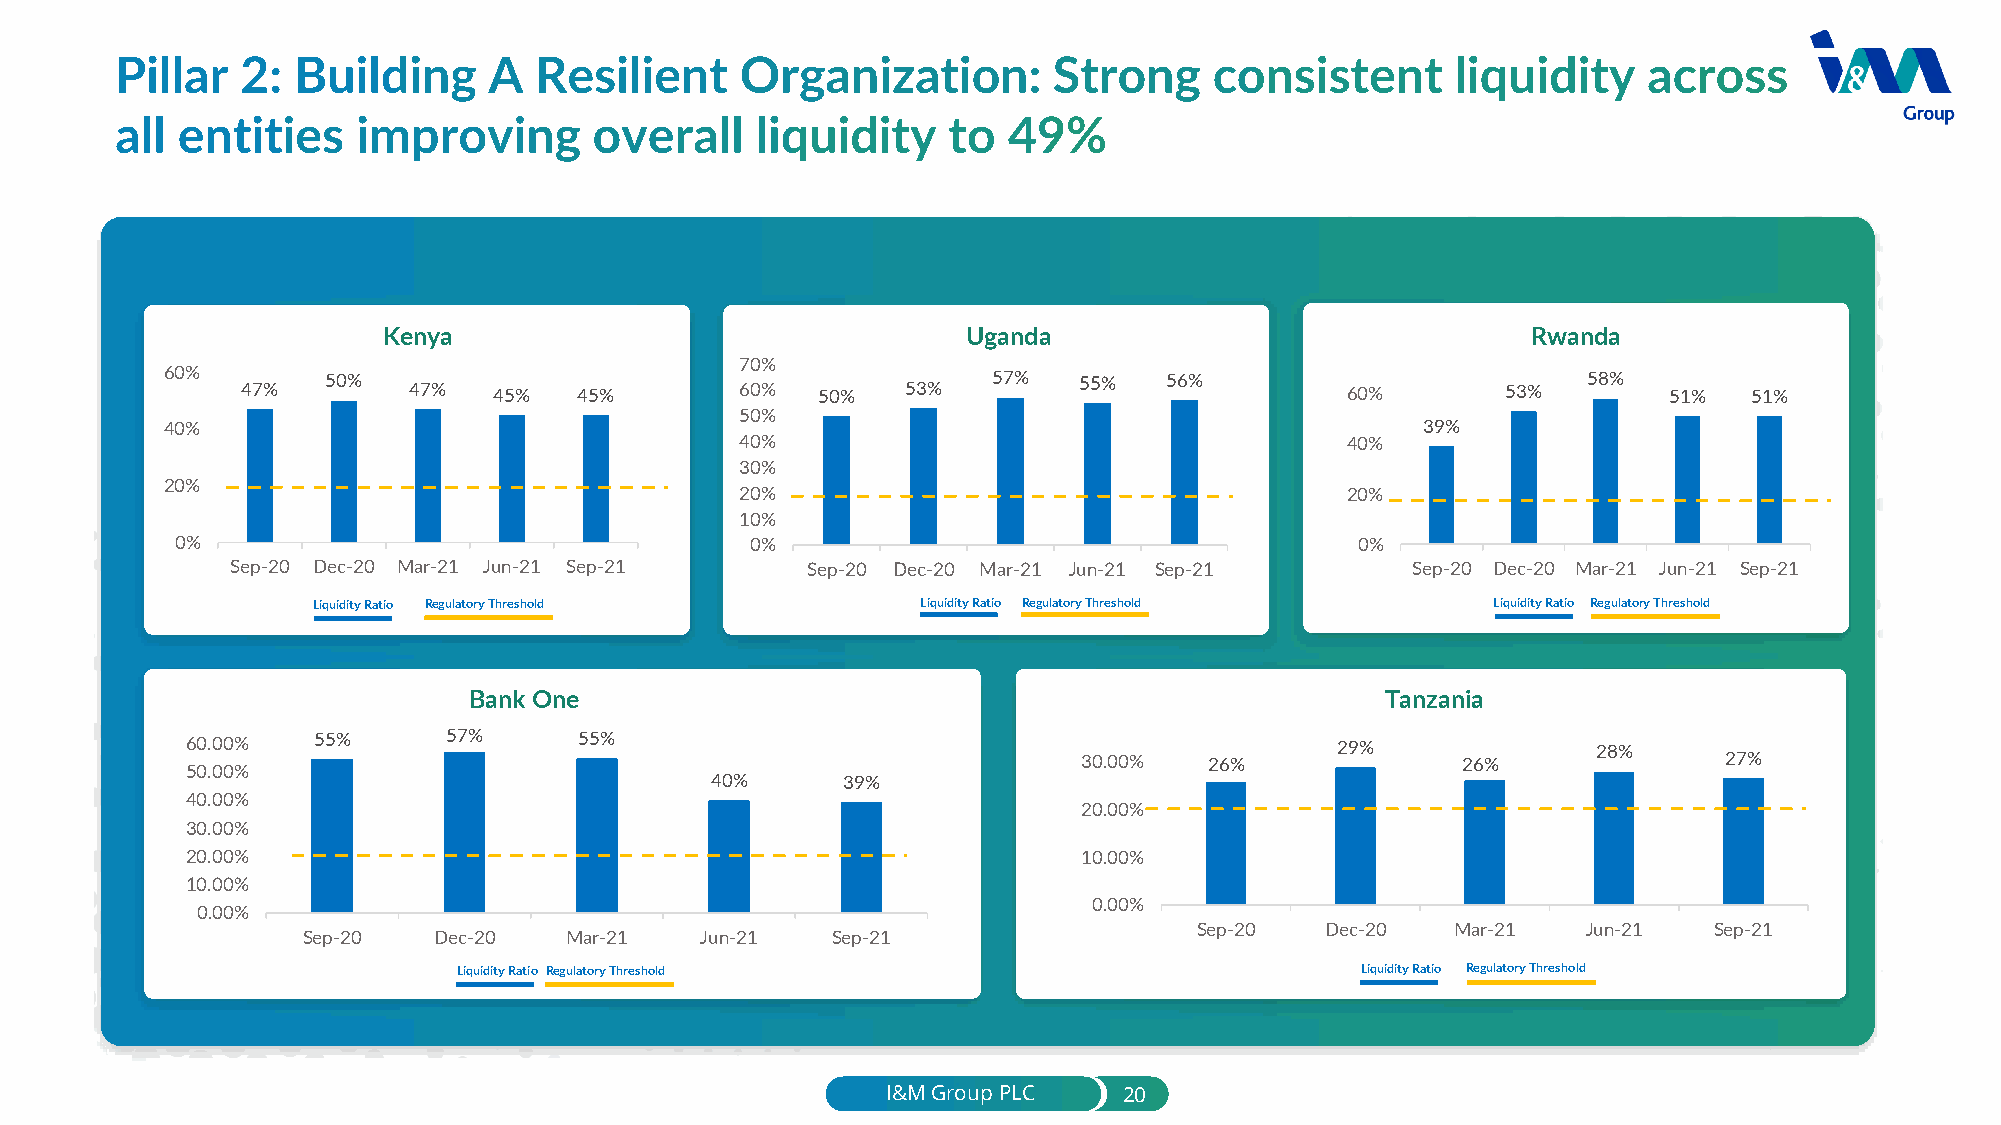
Kenya                                  Uganda                               Rwanda
 70%
 60%  47%   50%  47%   45%  45%        60%  50%   53%   57%  55%   56%         60%        53%  58%  51%   51%
 50%
 40%                                                                                39%
 40%                                     40%
 30%
 20%
 20%                                     20%
 10%
 0%                                    0%                                      0%
 Sep-20 Dec-20 Mar-21 Jun-21 Sep-21    Sep-20 Dec-20 Mar-21 Jun-21 Sep-21      Sep-20 Dec-20 Mar-21 Jun-21 Sep-21
 Liquidity Ratio Regulatory Threshold    Liquidity Ratio Regulatory Threshold  Liquidity Ratio Regulatory Threshold
 Bank One                                                     Tanzania
 60.00%   55%      57%     55%                               30.00%  26%     29%      26%      28%     27%
 50.00%
 40%      39%
 40.00%
 20.00%
 30.00%
 20.00%                                                      10.00%
 10.00%
 0.00%
 0.00%
 Sep-20   Dec-20  Mar-21   Jun-21  Sep-21
 Sep-20   Dec-20  Mar-21   Jun-21   Sep-21
 Liquidity Ratio Regulatory Threshold                        Liquidity Ratio Regulatory Threshold
 I&M Group PLC  20